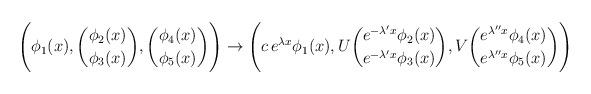
LaTeX: \begin{align*}\Biggl( \phi_1(x), {\phi_2(x)\choose\phi_3(x)},{\phi_4(x)\choose\phi_5(x)} \Biggr) \rightarrow \Biggl( c\, e\sp{\lambda x} \phi_1(x), U {e\sp{-\lambda\sp\prime x}\phi_2(x)\choose e\sp{-\lambda\sp\prime x}\phi_3(x)},V {e\sp{\lambda\sp{\prime\prime}x} \phi_4(x)\choose e\sp{\lambda\sp{\prime\prime}x} \phi_5(x)} \Biggr)\end{align*}